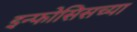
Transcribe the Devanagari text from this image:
इन्फोसिसच्या